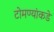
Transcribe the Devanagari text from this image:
टोमण्यांकडे